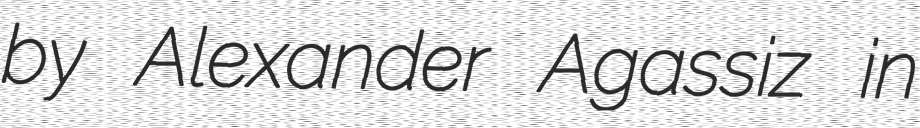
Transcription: by Alexander Agassiz in